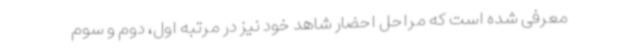
معرفی شده است که مراحل احضار شاهد خود نیز در مرتبه اول، دوم و سوم